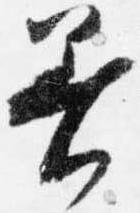
着